Report of the Bombay Veterinary College
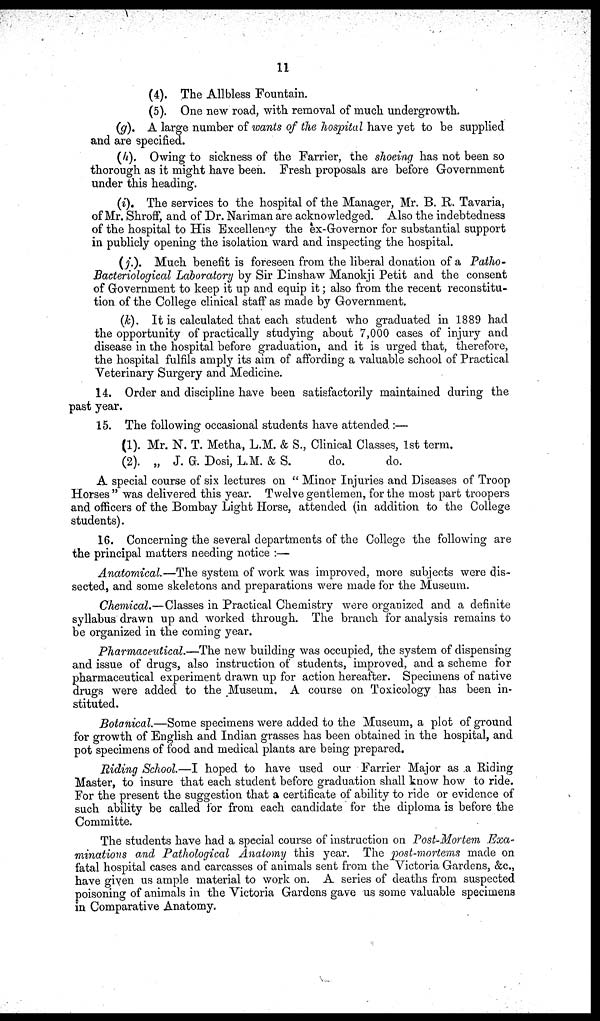
11
(4). The Allbless Fountain.
(5). One new road, with removal of much undergrowth.
(g). A large number of wants of the hospital have yet to be supplied
and are specified.
(h). Owing to sickness of the Farrier, the shoeing has not been so
thorough as it might have been. Fresh proposals are before Government
under this heading.
(i). The services to the hospital of the Manager, Mr. B. R. Tavaria,
of Mr. Shroff, and of Dr. Nariman are acknowledged. Also the indebtedness
of the hospital to His Excellency the ex-Grovernor for substantial support
in publicly opening the isolation ward and inspecting the hospital.
(j.). Much benefit is foreseen from the liberal donation of a Patho-
Bacteriological Laboratory by Sir Dinshaw Manokji Petit and the consent
of Government to keep it up and equip it ; also from the recent reconstitu-
tion of the College clinical staff as made by Government.
(k). It is calculated that each student who graduated in 1889 had
the opportunity of practically studying about 7,000 cases of injury and
disease in the hospital before graduation, and it is urged that, therefore,
the hospital fulfils amply its aim of affording a valuable school of Practical
Veterinary Surgery and Medicine.
14. Order and discipline have been satisfactorily maintained during the
past year.
15. The following occasional students have attended :—
(1). Mr. N. T. Metha, L.M. & S., Clinical Classes, 1st term.
(2). „ J. G. Dosi, L.M. & S.
do.
do.
A special course of six lectures on " Minor Injuries and Diseases of Troop
Horses " was delivered this year. Twelve gentlemen, for the most part troopers
and officers of the Bombay Light Horse, attended (in addition to the College
students).
16. Concerning the several departments of the College the following are
the principal matters needing notice :—
Anatomical.—The system of work was improved, more subjects were dis-
sected, and some skeletons and preparations were made for the Museum.
Chemical.—Classes in Practical Chemistry were organized and a definite
syllabus drawn up and worked through. The branch for analysis remains to
be organized in the coming year.
Pharmaceutical.—The new building was occupied, the system of dispensing
and issue of drugs, also instruction of students, improved, and a scheme for
pharmaceutical experiment drawn up for action hereafter. Specimens of native
drugs were added to the Museum. A course on Toxicology has been in-
stituted.
Botanical.—Some specimens were added to the Museum, a plot of ground
for growth of English and Indian grasses has been obtained in the hospital, and
pot specimens of food and medical plants are being prepared.
Riding School.—I hoped to have used our Farrier Major as a Riding
Master, to insure that each student before graduation shall know how to ride.
For the present the suggestion that a certificate of ability to ride or evidence of
such ability be called for from each candidate for the diploma is before the
Committe.
The students have had a special course of instruction on Post-Mortem Exa-
minations and Pathological Anatomy this year. The post-mortems made on
fatal hospital cases and carcasses of animals sent from the Victoria Gardens, &c.,
have given us ample material to work on. A series of deaths from suspected
poisoning of animals in the Victoria Gardens gave us some valuable specimens
in Comparative Anatomy.